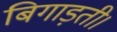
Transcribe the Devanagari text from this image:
बिगाड़ती।